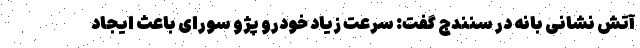
آتش نشانی بانه در سنندج گفت: سرعت زیاد خودرو پژو سورای باعث ایجاد